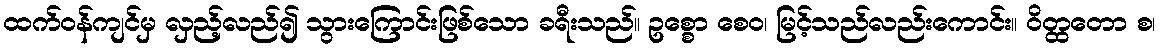
ထက်ဝန်ကျင်မှ လှည့်လည်၍ သွားကြောင်းဖြစ်သော ခရီးသည်။ ဥစ္စော စေဝ၊ မြင့်သည်လည်းကောင်း။ ဝိတ္ထတော စ၊